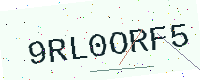
Text: 9RL0ORF5